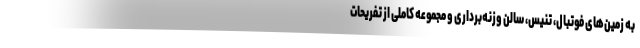
به زمین‌های فوتبال، تنیس، سالن وزنه‌برداری و مجموعه کاملی از تفریحات